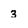
Character: 3